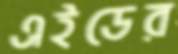
এইডের